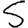
Digit: 5